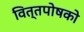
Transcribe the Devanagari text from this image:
वित्तपोषको